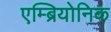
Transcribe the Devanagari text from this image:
एम्ब्रियोनिक